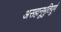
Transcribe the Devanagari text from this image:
असहानूभुतिपूर्ण